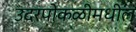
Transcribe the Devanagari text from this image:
उदरपोकळीमधील